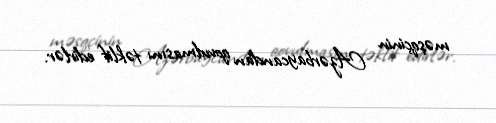
məşqçinin Azərbaycandan qovulmasını təklif edirlər.